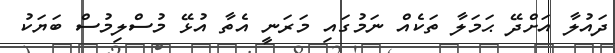
ދައުލާ އަށްދޭ ޙަމަލާ ތަކެއް ނަމުގައި މަރަނީ އެތާ އުޅޭ މުސްލިމުސް ބަޔަކު